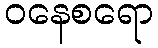
ဝနေစရော